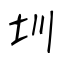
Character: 圳